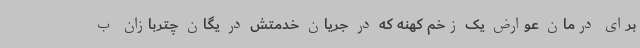
برای درمان عوارض یک زخم کهنه که در جریان خدمتش در یگان چتربازان ب